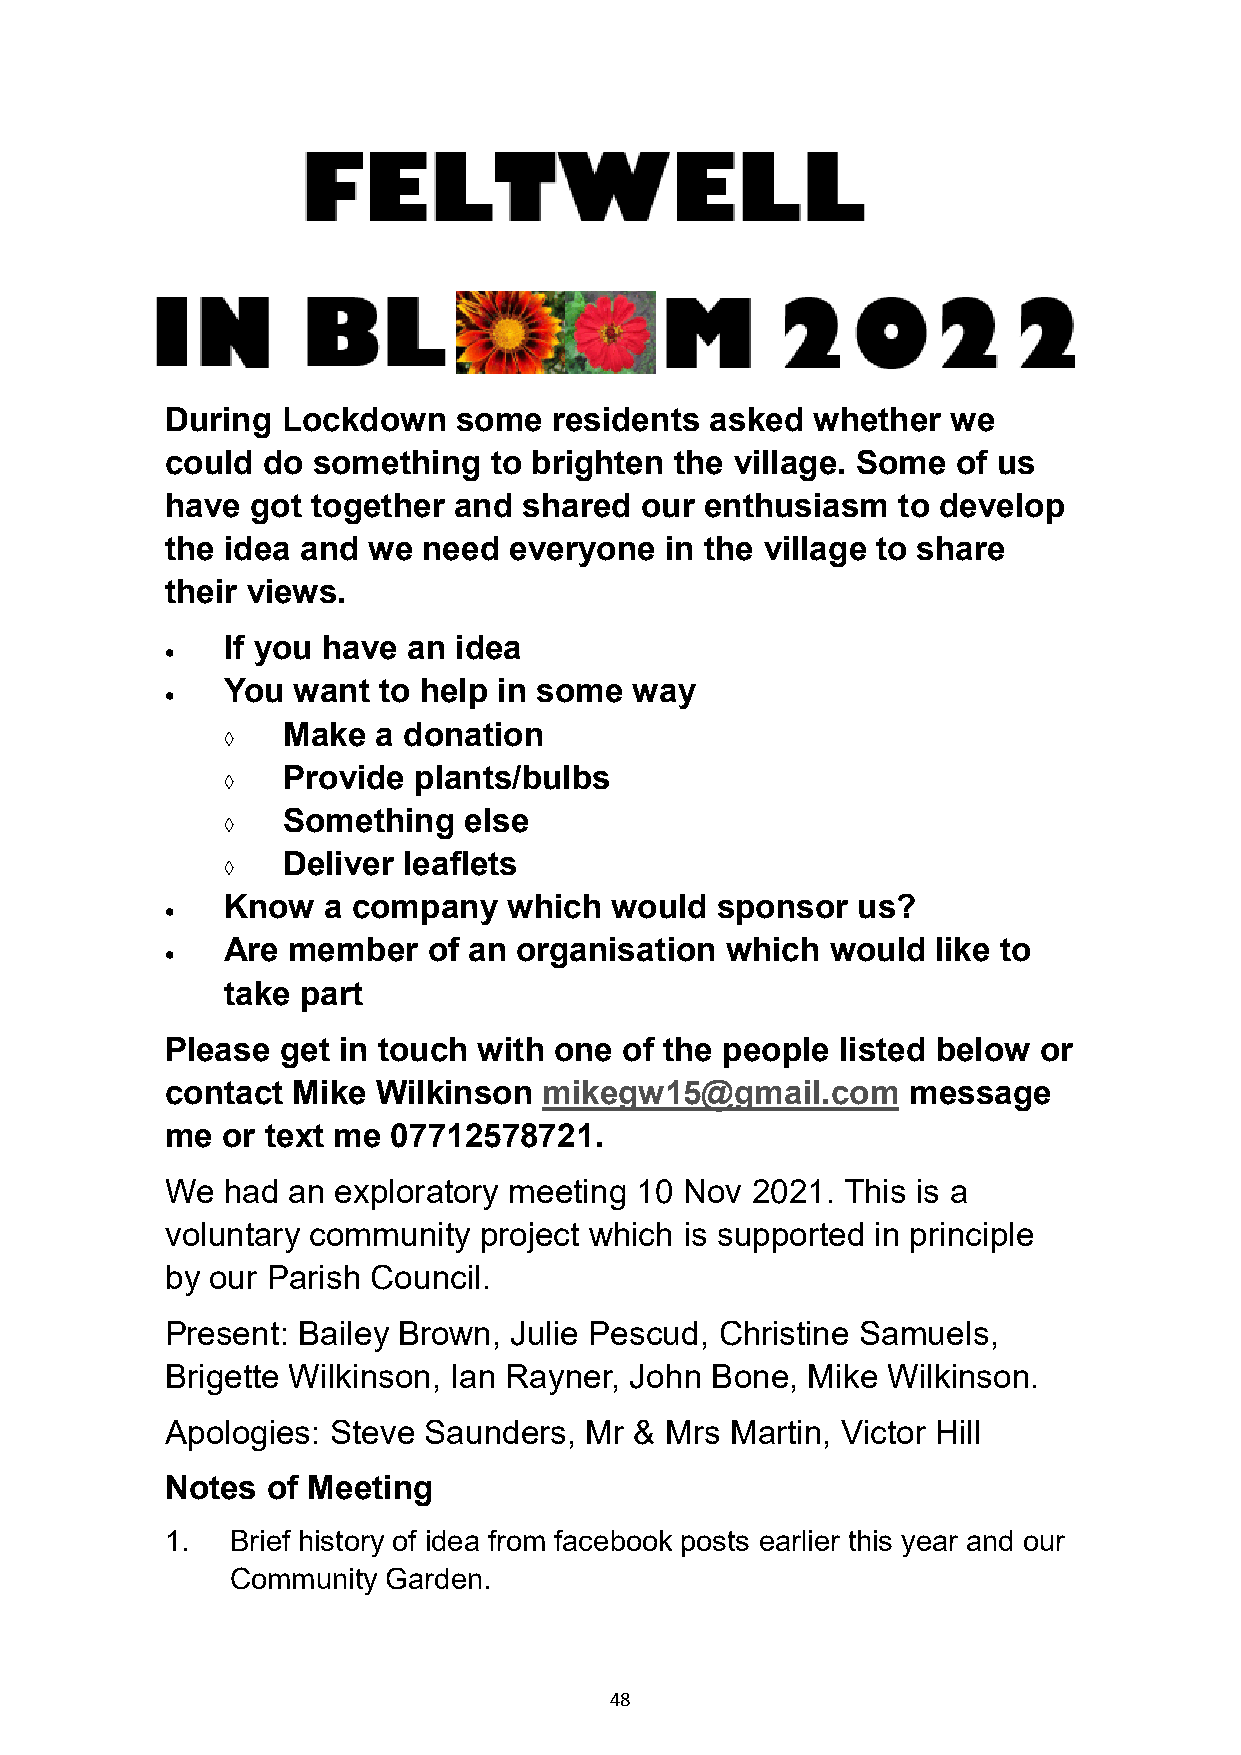
During  Lockdown   some   residents asked  whether  we
 could do  something  to brighten  the village. Some of us
 have  got together and  shared our  enthusiasm  to develop
 the idea and we  need  everyone  in the village to share
 their views.
 If you have an idea
 •
 You want  to help in some  way
 •
 Make  a donation
 
 Provide plants/bulbs
 
 Something   else
 
 Deliver leaflets
 
 Know  a company    which would  sponsor   us?
 •
 Are member   of an organisation  which  would  like to
 •
 take part
 Please  get in touch with one of the people  listed below or
 contact Mike  Wilkinson  mikegw15@gmail.com      message
 me  or text me 07712578721.
 We  had an exploratory meeting 10 Nov  2021. This is a
 voluntary community  project which is supported in principle
 by our Parish Council.
 Present: Bailey Brown, Julie Pescud, Christine Samuels,
 Brigette Wilkinson, Ian Rayner, John Bone, Mike Wilkinson.
 Apologies: Steve Saunders,  Mr & Mrs Martin, Victor Hill
 Notes  of Meeting
 1.  Brief history of idea from facebook posts earlier this year and our
 Community  Garden.
 48